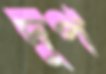
দুপ